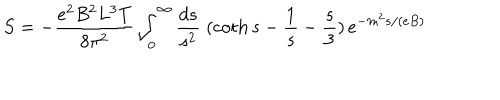
S = - \frac { e ^ { 2 } B ^ { 2 } L ^ { 3 } T } { 8 \pi ^ { 2 } } \int _ { 0 } ^ { \infty } \frac { d s } { s ^ { 2 } } \; ( \coth s - \frac { 1 } { s } - \frac { s } { 3 } ) \, e ^ { - m ^ { 2 } s / ( e B ) }